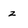
Character: z